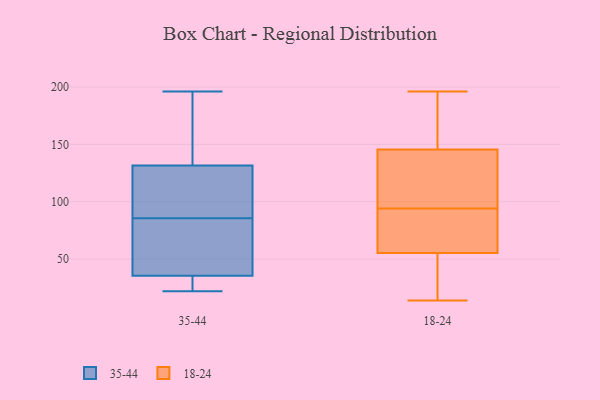
{"axis": {"x": "Market Share (%)", "y": "Value"}, "legend": ["18-24", "35-44"], "data": [{"x": "", "y": 22, "type": "35-44"}, {"x": "", "y": 24, "type": "35-44"}, {"x": "", "y": 125, "type": "35-44"}, {"x": "", "y": 41, "type": "35-44"}, {"x": "", "y": 68, "type": "35-44"}, {"x": "", "y": 136, "type": "35-44"}, {"x": "", "y": 103, "type": "35-44"}, {"x": "", "y": 30, "type": "35-44"}, {"x": "", "y": 127, "type": "35-44"}, {"x": "", "y": 154, "type": "35-44"}, {"x": "", "y": 49, "type": "35-44"}, {"x": "", "y": 196, "type": "35-44"}, {"x": "", "y": 144, "type": "18-24"}, {"x": "", "y": 14, "type": "18-24"}, {"x": "", "y": 30, "type": "18-24"}, {"x": "", "y": 146, "type": "18-24"}, {"x": "", "y": 59, "type": "18-24"}, {"x": "", "y": 196, "type": "18-24"}, {"x": "", "y": 189, "type": "18-24"}, {"x": "", "y": 99, "type": "18-24"}, {"x": "", "y": 83, "type": "18-24"}, {"x": "", "y": 56, "type": "18-24"}, {"x": "", "y": 55, "type": "18-24"}, {"x": "", "y": 136, "type": "18-24"}, {"x": "", "y": 178, "type": "18-24"}, {"x": "", "y": 91, "type": "18-24"}, {"x": "", "y": 22, "type": "18-24"}, {"x": "", "y": 30, "type": "18-24"}, {"x": "", "y": 101, "type": "18-24"}, {"x": "", "y": 94, "type": "18-24"}, {"x": "", "y": 167, "type": "18-24"}]}